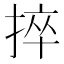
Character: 捽